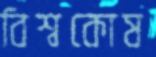
বিশ্বকোষ